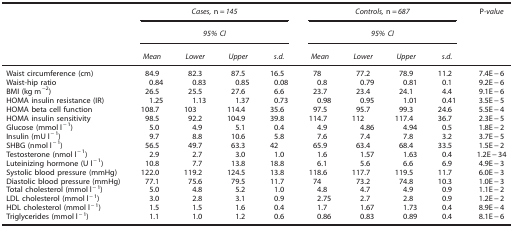
<table><thead><tr><td><b> </b></td><td colspan="4"><b><i>Cases,</i> n=<i>145</i></b></td><td colspan="4"><b><i>Controls,</i> n=<i>687</i></b></td><td><b>P<i>-value</i></b></td></tr><tr><td><b> </b></td><td colspan="4"><b><i>95% CI</i></b></td><td colspan="4"><b><i>95% CI</i></b></td><td><b> </b></td></tr><tr><td><b> </b></td><td><b><i>Mean</i></b></td><td><b><i>Lower</i></b></td><td><b><i>Upper</i></b></td><td><b><i>s.d.</i></b></td><td><b><i>Mean</i></b></td><td><b><i>Lower</i></b></td><td><b><i>Upper</i></b></td><td><b><i>s.d.</i></b></td><td><b> </b></td></tr></thead><tbody><tr><td>Waist circumference (cm)</td><td>84.9</td><td>82.3</td><td>87.5</td><td>16.5</td><td>78</td><td>77.2</td><td>78.9</td><td>11.2</td><td>7.4E−6</td></tr><tr><td>Waist-hip ratio</td><td>0.84</td><td>0.83</td><td>0.85</td><td>0.08</td><td>0.8</td><td>0.79</td><td>0.81</td><td>0.1</td><td>9.2E−6</td></tr><tr><td>BMI (kg m<sup>−</sup><sup>2</sup>)</td><td>26.5</td><td>25.5</td><td>27.6</td><td>6.6</td><td>23.7</td><td>23.4</td><td>24.1</td><td>4.4</td><td>9.1E−6</td></tr><tr><td>HOMA insulin resistance (IR)</td><td>1.25</td><td>1.13</td><td>1.37</td><td>0.73</td><td>0.98</td><td>0.95</td><td>1.01</td><td>0.41</td><td>3.5E−5</td></tr><tr><td>HOMA beta cell function</td><td>108.7</td><td>103</td><td>114.4</td><td>35.6</td><td>97.5</td><td>95.7</td><td>99.3</td><td>24.6</td><td>5.5E−4</td></tr><tr><td>HOMA insulin sensitivity</td><td>98.5</td><td>92.2</td><td>104.9</td><td>39.8</td><td>114.7</td><td>112</td><td>117.4</td><td>36.7</td><td>2.3E−5</td></tr><tr><td>Glucose (mmol l<sup>−1</sup>)</td><td>5.0</td><td>4.9</td><td>5.1</td><td>0.4</td><td>4.9</td><td>4.86</td><td>4.94</td><td>0.5</td><td>1.8E−2</td></tr><tr><td>Insulin (mU l<sup>−1</sup>)</td><td>9.7</td><td>8.8</td><td>10.6</td><td>5.8</td><td>7.6</td><td>7.4</td><td>7.8</td><td>3.2</td><td>3.7E−5</td></tr><tr><td>SHBG (nmol l<sup>−1</sup>)</td><td>56.5</td><td>49.7</td><td>63.3</td><td>42</td><td>65.9</td><td>63.4</td><td>68.4</td><td>33.5</td><td>1.5E−2</td></tr><tr><td>Testosterone (nmol l<sup>−1</sup>)</td><td>2.9</td><td>2.7</td><td>3.0</td><td>1.0</td><td>1.6</td><td>1.57</td><td>1.63</td><td>0.4</td><td>1.2E−34</td></tr><tr><td>Luteinizing hormone (U l<sup>−1</sup>)</td><td>10.8</td><td>7.7</td><td>13.8</td><td>18.8</td><td>6.1</td><td>5.6</td><td>6.6</td><td>6.9</td><td>4.9E−3</td></tr><tr><td>Systolic blood pressure (mmHg)</td><td>122.0</td><td>119.2</td><td>124.5</td><td>13.8</td><td>118.6</td><td>117.7</td><td>119.5</td><td>11.7</td><td>6.0E−3</td></tr><tr><td>Diastolic blood pressure (mmHg)</td><td>77.1</td><td>75.6</td><td>79.5</td><td>11.7</td><td>74</td><td>73.2</td><td>74.8</td><td>10.3</td><td>1.0E−3</td></tr><tr><td>Total cholesterol (mmol l<sup>−1</sup>)</td><td>5.0</td><td>4.8</td><td>5.2</td><td>1.0</td><td>4.8</td><td>4.7</td><td>4.9</td><td>0.9</td><td>1.1E−2</td></tr><tr><td>LDL cholesterol (mmol l<sup>−1</sup>)</td><td>3.0</td><td>2.8</td><td>3.1</td><td>0.9</td><td>2.75</td><td>2.7</td><td>2.8</td><td>0.9</td><td>1.2E−2</td></tr><tr><td>HDL cholesterol (mmol l<sup>−1</sup>)</td><td>1.5</td><td>1.5</td><td>1.6</td><td>0.4</td><td>1.7</td><td>1.67</td><td>1.73</td><td>0.4</td><td>8.9E−4</td></tr><tr><td>Triglycerides (mmol l<sup>−1</sup>)</td><td>1.1</td><td>1.0</td><td>1.2</td><td>0.6</td><td>0.86</td><td>0.83</td><td>0.89</td><td>0.4</td><td>8.1E−6</td></tr></tbody></table>